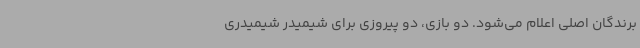
برندگان اصلی اعلام می‌شود. دو بازی، دو پیروزی برای شیمیدر شیمیدری